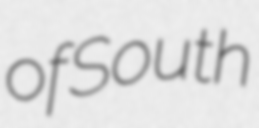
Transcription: of South